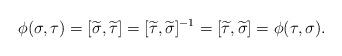
LaTeX: \begin{align*} \phi(\sigma, \tau) = [\widetilde \sigma, \widetilde \tau] = [\widetilde \tau, \widetilde \sigma]^{-1} = [\widetilde \tau, \widetilde \sigma] = \phi(\tau, \sigma).\end{align*}